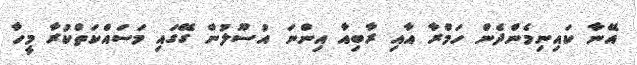
އޭނާ ކައިނިމެންދެން ހަމްރާ އާއި ރާބިއާ އިންނަ އުސޫލުން ގޭގައި މަސައްކަތްކުރާ މީހާ